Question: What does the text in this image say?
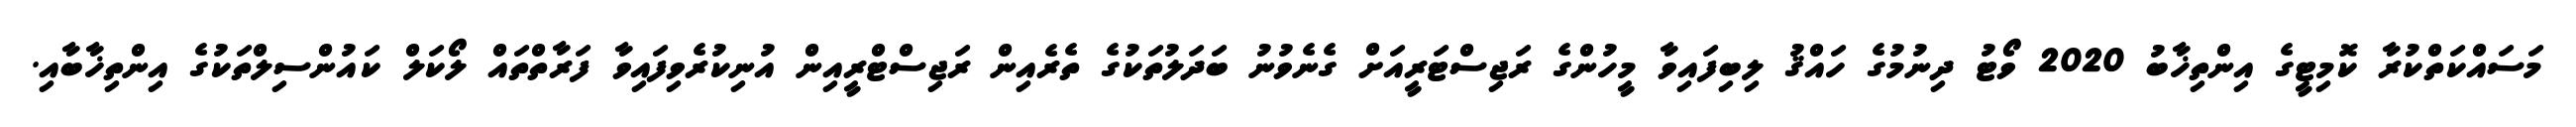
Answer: މަސައްކަތްކުރާ ކޮމިޓީގެ އިންތިޚާބު 2020 ވޯޓު ދިނުމުގެ ހައްޤު ލިބިފައިވާ މީހުންގެ ރަޖިސްޓަރީއަށް ގެނެވުނު ބަދަލުތަކުގެ ތެރެއިން ރަޖިސްޓްރީއިން އުނިކުރެވިފައިވާ ފަރާތްތައް ލޯކަލް ކައުންސިލްތަކުގެ އިންތިޚާބާއި.